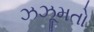
ઝઝૂમતો